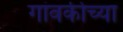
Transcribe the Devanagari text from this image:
गांवकीच्या